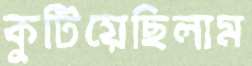
কুটিয়েছিলাম